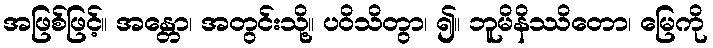
အဖြစ်ဖြင့်။ အန္တော၊ အတွင်းသို့။ ပဝိသိတွာ၊ ၍။ ဘူမိနိဿိတော၊ မြေကို